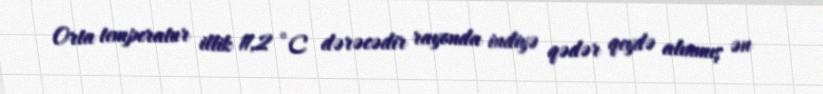
Orta temperatur illik 11,2 °C dərəcədir rayonda indiyə qədər qeydə alınmış ən